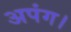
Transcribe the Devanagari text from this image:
अपंग।